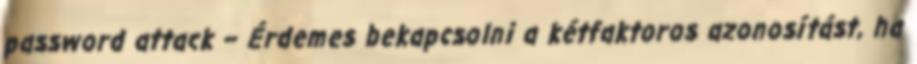
password attack – Érdemes bekapcsolni a kétfaktoros azonosítást, ha